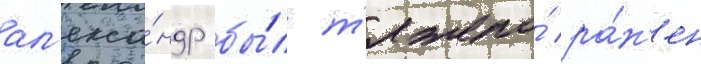
ал'екса́ндр бы́л т'яжело́ ра́н'ен